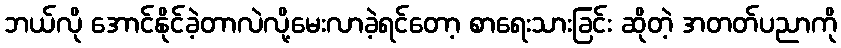
ဘယ်လို အောင်နိုင်ခဲ့တာလဲလို့မေးလာခဲ့ရင်တော့ စာရေးသားခြင်း ဆိုတဲ့ အတတ်ပညာကို